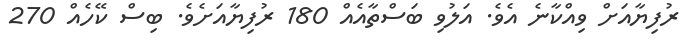
ރުފިޔާއަށް ވިއްކާނެ އެވެ. އަލުވި ބަސްތާއެއް 180 ރުފިޔާއަށެވެ. ބިސް ކޭހެއް 270